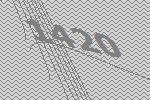
1420